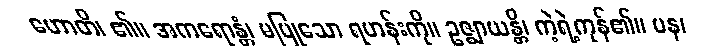
ဟောတိ၊ ၏။ အကရောန္တံ၊ မပြုသော ရဟန်းကို။ ဥဇ္ဈာယန္တိ၊ ကဲ့ရဲ့ကုန်၏။ ပန၊